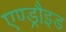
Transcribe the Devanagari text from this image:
एण्ड्रौइड